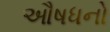
ઔષધનો